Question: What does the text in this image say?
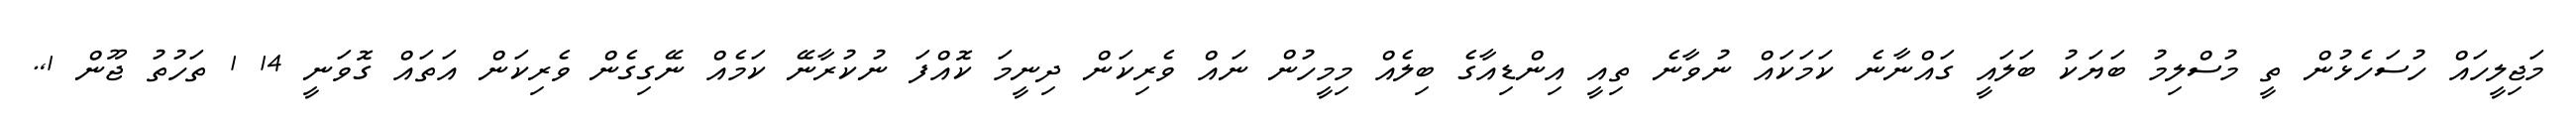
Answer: މަޖިލީހައް ހުސަހެޅުން ތީ މުސްލިމު ބަޔަކު ބަލައީ ގައްނާނެ ކަމަކައް ނުވާނެ ތިއީ އިންޑިއާގެ ބިލެއް މިމީހުން ނައް ވެރިކަން ދިނީމަ ކޮއްފަ ނުކުރާނޭ ކަމެއް ނޭގިގެން ވެރިކަން އަތައް ގޮވަނީ 14 1 ތަހުތު ޖޫން 1,.